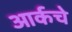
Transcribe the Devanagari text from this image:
आर्कचे